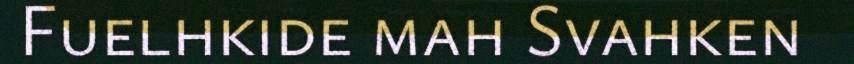
Fuelhkide mah Svahken